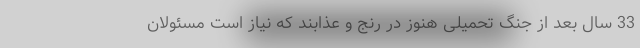
33 سال بعد از جنگ تحمیلی هنوز در رنج و عذابند که نیاز است مسئولان